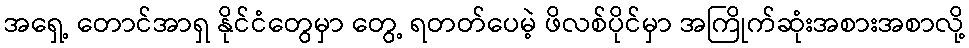
အရှေ့ တောင်အာရှ နိုင်ငံတွေမှာ တွေ့ ရတတ်ပေမဲ့ ဖိလစ်ပိုင်မှာ အကြိုက်ဆုံးအစားအစာလို့